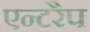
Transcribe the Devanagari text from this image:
एन्टरैप